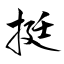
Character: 挺